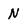
Character: N